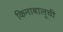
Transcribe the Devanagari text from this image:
किनाबालूची